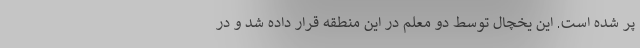
پر شده است. این یخچال توسط دو معلم در این منطقه قرار داده شد و درِ